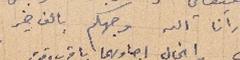
وارانا الله وجهكم بالف خير